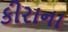
કીરાના